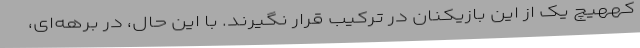
کههیچ یک از این بازیکنان در ترکیب قرار نگیرند. با این حال، در برهه‌ای،